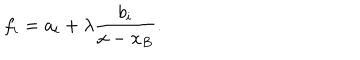
LaTeX: f _ { i } = a _ { i } + \lambda { \frac { b _ { i } } { x - x _ { B } } } .